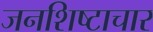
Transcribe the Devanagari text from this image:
जनशिष्टाचार